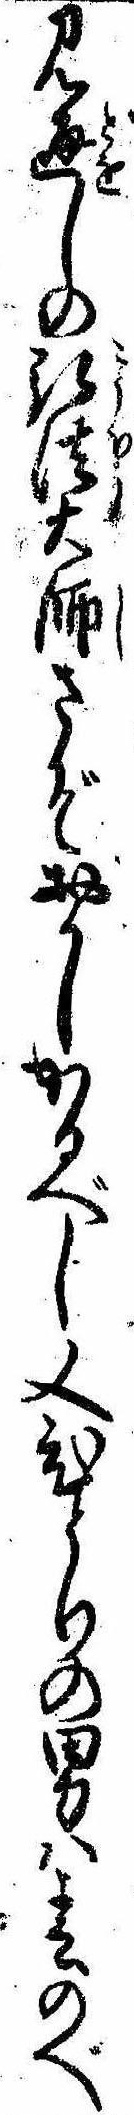
見通しの弘法大師さぞおかしかるべし又ひとりの男は春のべ